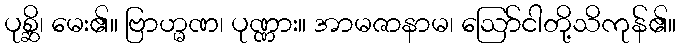
ပုစ္ဆိ၊ မေး၏။ ဗြာဟ္မဏ၊ ပုဏ္ဏား။ အာမဇာနာမ၊ ဩော်ငါတို့သိကုန်၏။